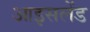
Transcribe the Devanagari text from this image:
आइसलेंड